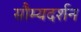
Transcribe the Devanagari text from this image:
सौम्यदर्शन